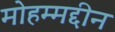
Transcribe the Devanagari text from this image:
मोहम्मद्दीन